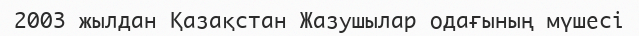
2003 жылдан Қазақстан Жазушылар одағының мүшесі